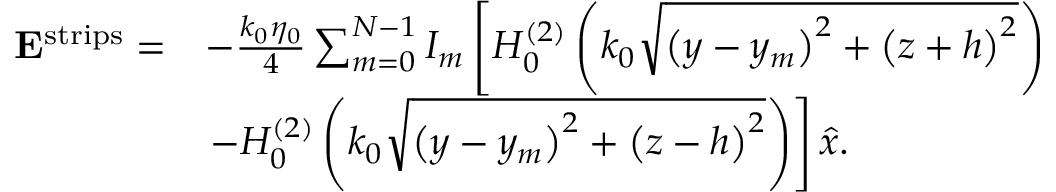
\begin{array} { r l } { \mathbf { E } ^ { \mathrm { s t r i p s } } = } & { - \frac { k _ { 0 } \eta _ { 0 } } { 4 } \sum _ { m = 0 } ^ { N - 1 } I _ { m } \left[ H _ { 0 } ^ { ( 2 ) } \left( k _ { 0 } \sqrt { \left( y - y _ { m } \right) ^ { 2 } + \left( z + h \right) ^ { 2 } } \right) \right. } \\ & { \left. - H _ { 0 } ^ { ( 2 ) } \left( k _ { 0 } \sqrt { \left( y - y _ { m } \right) ^ { 2 } + \left( z - h \right) ^ { 2 } } \right) \right] \hat { x } . } \end{array}